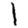
Digit: 1